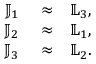
\begin{array} { r l r } { { \mathbb J } _ { 1 } } & { { } \approx } & { { \mathbb L } _ { 3 } , } \\ { { \mathbb J } _ { 2 } } & { { } \approx } & { { \mathbb L } _ { 1 } , } \\ { { \mathbb J } _ { 3 } } & { { } \approx } & { { \mathbb L } _ { 2 } . } \end{array}